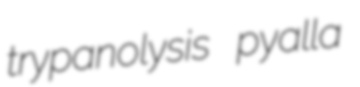
trypanolysis pyalla